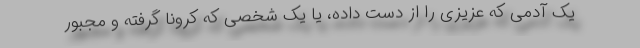
یک آدمی که عزیزی را از دست داده، یا یک شخصی که کرونا گرفته و مجبور